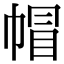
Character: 帽